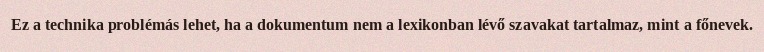
Ez a technika problémás lehet, ha a dokumentum nem a lexikonban lévő szavakat tartalmaz, mint a főnevek.